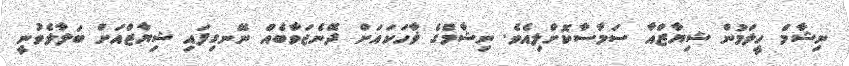
ނިޝާމް ހީލަމުން ޝިޔާޒްއާ ސަމާސާކޮށްލިއެވެ. ނިޝާމްގެ ޥާހަކައަށް ދޭނެޖަވާބެއް ނޭނގިފައި ޝިޔާޒްއަށް ބަލާލެވުނީ